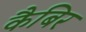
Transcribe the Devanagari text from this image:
कैबिर